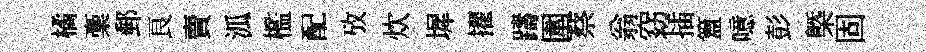
橘稾郵良賣泒檻配攷炊墀擢躊圍蔡翁窈插簋噫彭㮣固